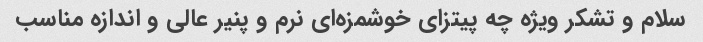
سلام و تشکر ویژه چه پیتزای خوشمزه‌ای نرم و پنیر عالی و اندازه مناسب ‌